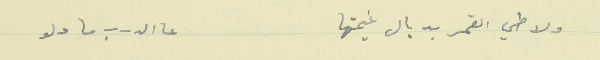
ولاطي القمر بديال غيمتها                   عا الدرب ما دلو